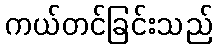
ကယ်တင်ခြင်းသည်